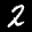
Label: 2